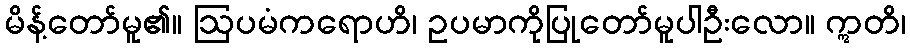
မိန့်တော်မူ၏။ ဩပမံကရောဟိ၊ ဥပမာကိုပြုတော်မူပါဦးလော။ ဣတိ၊